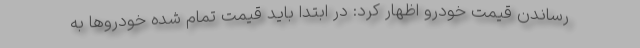
رساندن قیمت خودرو اظهار کرد: در ابتدا باید قیمت تمام شده خودروها به